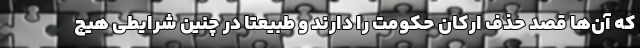
که آن‌ها قصد حذف ارکان حکومت را دارند و طبیعتا در چنین شرایطی هیچ